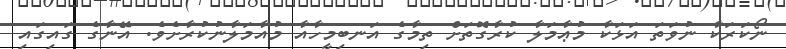
ނޯކަރަކާ ނުވަތަ އަޅަކާ މުޢާމަލާ ކުރާގޮތަށް ތިމާގެ އަނބިމީހާއާ މުއާމަލާނުކުރާށެވެ. އޭނާގެ ގައިގައި